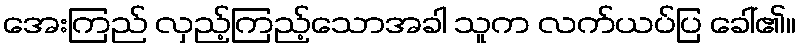
အေးကြည် လှည့်ကြည့်သောအခါ သူက လက်ယပ်ပြ ခေါ်၏။